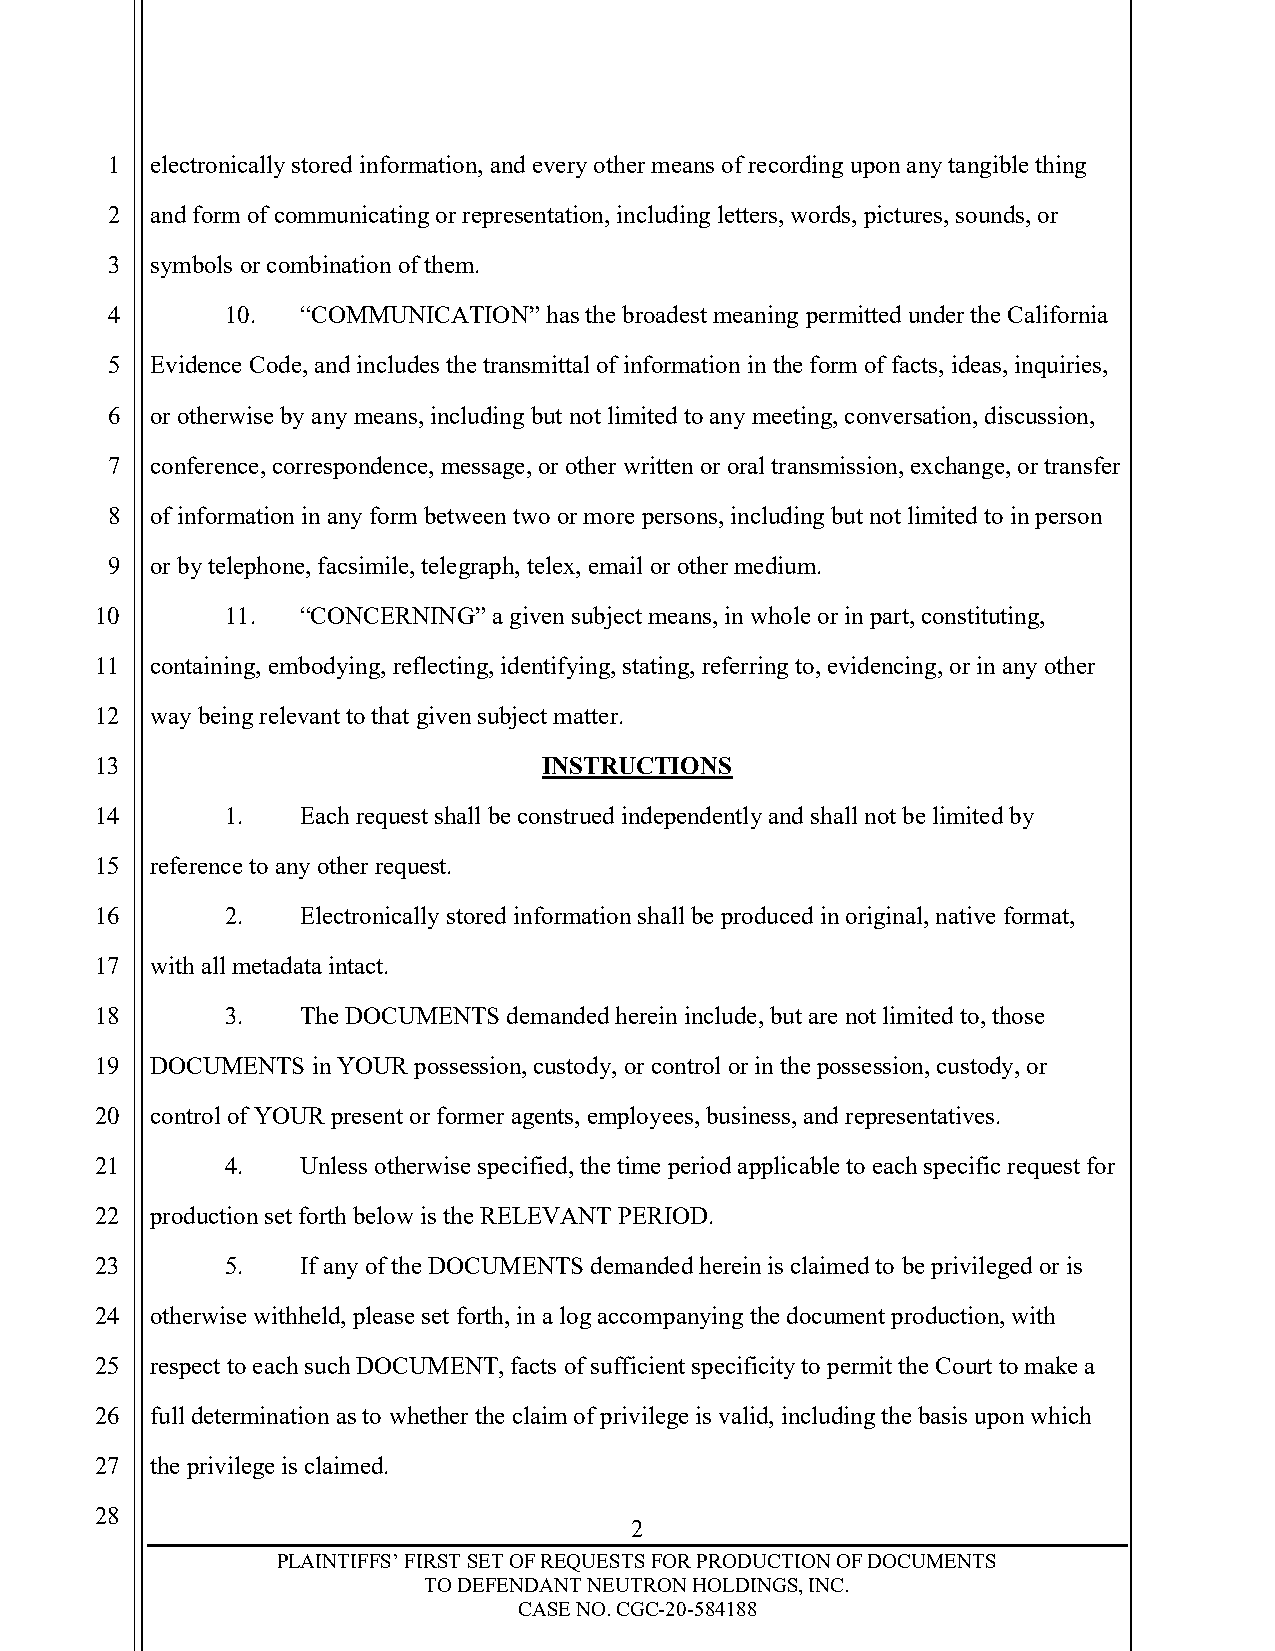
1  electronically stored information, and every other means of recording upon any tangible thing
 2  and form of communicating or representation, including letters, words, pictures, sounds, or
 3  symbols or combination of them.
 4       10.  “COMMUNICATION” has the broadest meaning permitted under the California
 5  Evidence Code, and includes the transmittal of information in the form of facts, ideas, inquiries,
 6  or otherwise by any means, including but not limited to any meeting, conversation, discussion,
 7  conference, correspondence, message, or other written or oral transmission, exchange, or transfer
 8  of information in any form between two or more persons, including but not limited to in person
 9  or by telephone, facsimile, telegraph, telex, email or other medium.
 10       11.  “CONCERNING” a given subject means, in whole or in part, constituting,
 11  containing, embodying, reflecting, identifying, stating, referring to, evidencing, or in any other
 12  way being relevant to that given subject matter.
 13                            INSTRUCTIONS
 14       1.   Each request shall be construed independently and shall not be limited by
 15  reference to any other request.
 16       2.   Electronically stored information shall be produced in original, native format,
 17  with all metadata intact.
 18       3.   The DOCUMENTS demanded herein include, but are not limited to, those
 19  DOCUMENTS  in YOUR possession, custody, or control or in the possession, custody, or
 20  control of YOUR present or former agents, employees, business, and representatives.
 21       4.   Unless otherwise specified, the time period applicable to each specific request for
 22  production set forth below is the RELEVANT PERIOD.
 23       5.   If any of the DOCUMENTS demanded herein is claimed to be privileged or is
 24  otherwise withheld, please set forth, in a log accompanying the document production, with
 25  respect to each such DOCUMENT, facts of sufficient specificity to permit the Court to make a
 26  full determination as to whether the claim of privilege is valid, including the basis upon which
 27  the privilege is claimed.
 28
 2
 PLAINTIFFS’ FIRST SET OF REQUESTS FOR PRODUCTION OF DOCUMENTS
 TO DEFENDANT NEUTRON HOLDINGS, INC.
 CASE NO. CGC-20-584188